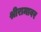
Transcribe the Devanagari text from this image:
श्रीरामावर